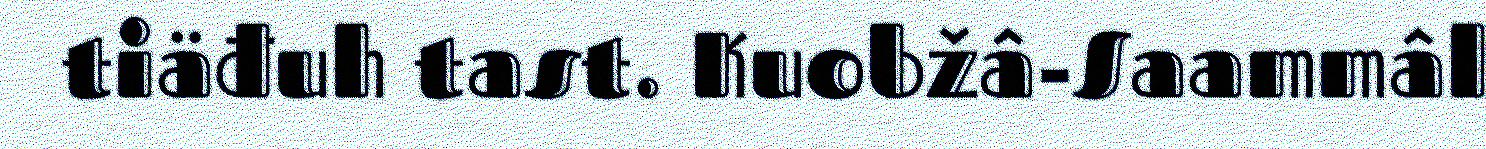
tiäđuh tast. Kuobžâ-Saammâl